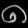
Digit: ၈